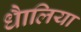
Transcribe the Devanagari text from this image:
धैालिया